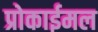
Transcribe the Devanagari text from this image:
प्रोकाईमल